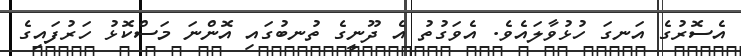
އެސޮރުގެ އަނގަ ހުޅުވާލައެވެ. އެވަގުތު އެ ދޫނީގެ ތުނބުގައި އޮންނަ މަސްކޮޅު ހަރުފައިގެ